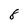
Character: 8